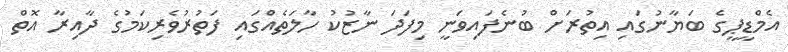
އެމްޑީޕީގެ ބަޔާނުގައި އިތުރަށް ބުނެފައިވަނީ މިފަދަ ނާޒުކު ހާލަތެއްގައި ފަތުރުވެރިކަމުގެ ދާއިރާ އޮތް